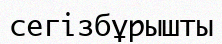
сегізбұрышты